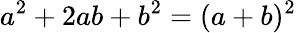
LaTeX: a^{2}+2ab+b^{2}=(a+b)^{2}